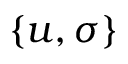
\{ u , \sigma \}